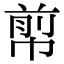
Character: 𢃬